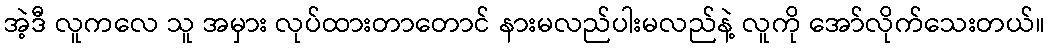
အဲ့ဒီ လူကလေ သူ အမှား လုပ်ထားတာတောင် နားမလည်ပါးမလည်နဲ့ လူကို အော်လိုက်သေးတယ်။